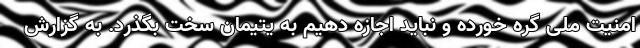
امنیت ملی گره خورده و نباید اجازه دهیم به یتیمان سخت بگذرد. به گزارش